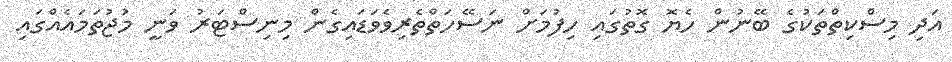
އަދި މިސްކިތްތަކުގެ ބޭނުން ހެޔޮ ގޮތުގައި ހިފުމަށް ނަސޭހަތްތެރިވެވަޑައިގެން މިނިސްޓަރު ވަނީ މުޖުތަމައެއްގައި